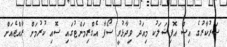
ސަރުކާރުގެ އިސް އޮފިޝަލަކު މިއަދު ވިދާޅުވީ ސޯފާ އެގްރިމަންޓުގައި ސޮއި ކުރުމަށް ރާއްޖެއަށް